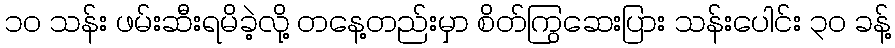
၁၀ သန်း ဖမ်းဆီးရမိခဲ့လို့ တနေ့တည်းမှာ စိတ်ကြွဆေးပြား သန်းပေါင်း ၃၀ ခန့်